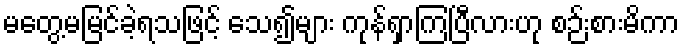
မတွေ့မမြင်ခဲ့ရသဖြင့် သေ၍များ ကုန်ရှာကြပြီလားဟု စဉ်းစားမိကာ